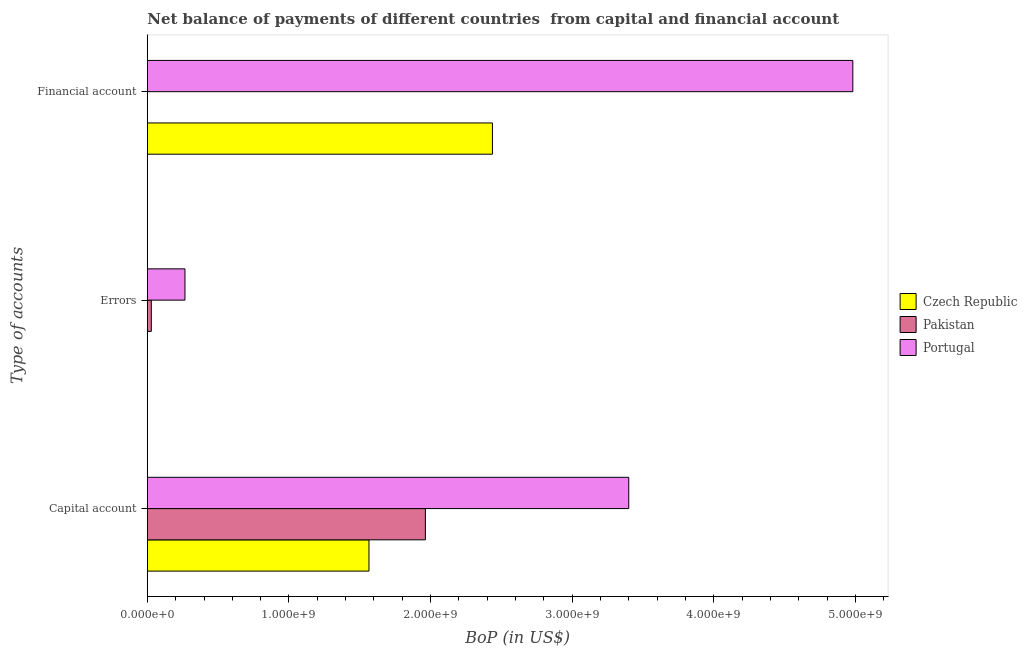
| Type of accounts | Czech Republic | Pakistan | Portugal |
 | --- | --- | --- | --- |
 | Capital account | 1.56e+09 | 1.96e+09 | 3.4e+09 |
 | Errors | -4.72e+08 | 2.8e+07 | 2.66e+08 |
 | Financial account | 2.44e+09 | -1.55e+09 | 4.98e+09 |